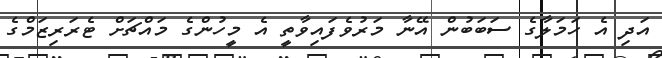
އަދި އެ ހަމަލާގެ ސަބަބުން އޭނާ މަރުވެފައިވާތީ އެ މީހުންގެ މައްޗަށް ޓެރަރިޒަމްގެ